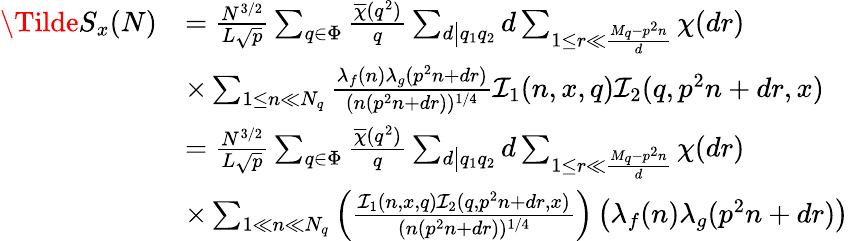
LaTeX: \begin{array}{rl}{\Tilde{S}_{x}(N)}&{=\frac{N^{3/2}}{L\sqrt{p}}\sum_{q\in\Phi}\frac{\overline{{\chi}}(q^{2})}{q}\sum_{d\big|q_{1}q_{2}}d\sum_{1\leq r\ll\frac{M_{q}-p^{2}n}{d}}\chi(dr)}\\ &{\times\sum_{1\leq n\ll N_{q}}\frac{\lambda_{f}(n)\lambda_{g}(p^{2}n+dr)}{(n(p^{2}n+dr))^{1/4}}\mathcal{I}_{1}(n,x,q)\mathcal{I}_{2}(q,p^{2}n+dr,x)}\\ &{=\frac{N^{3/2}}{L\sqrt{p}}\sum_{q\in\Phi}\frac{\overline{{\chi}}(q^{2})}{q}\sum_{d\big|q_{1}q_{2}}d\sum_{1\leq r\ll\frac{M_{q}-p^{2}n}{d}}\chi(dr)}\\ &{\times\sum_{1\ll n\ll N_{q}}\left(\frac{\mathcal{I}_{1}(n,x,q)\mathcal{I}_{2}(q,p^{2}n+dr,x)}{(n(p^{2}n+dr))^{1/4}}\right)\left(\lambda_{f}(n)\lambda_{g}(p^{2}n+dr)\right)}\end{array}